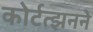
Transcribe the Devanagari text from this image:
कोर्टत्झनने